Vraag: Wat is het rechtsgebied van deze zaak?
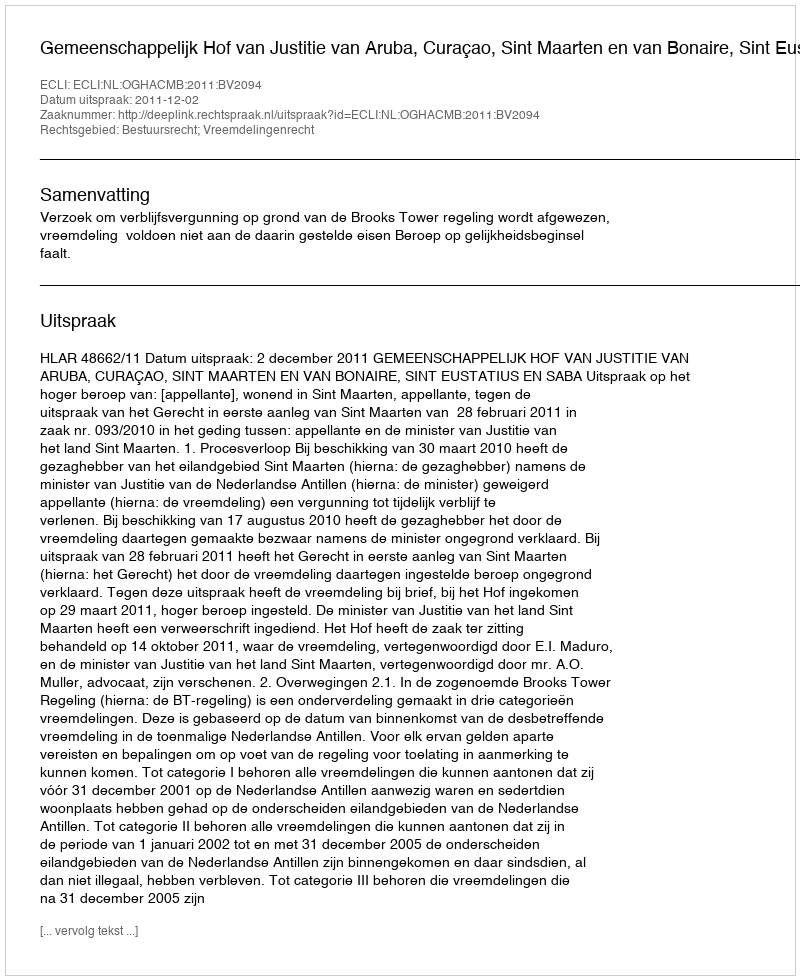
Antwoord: Bestuursrecht; Vreemdelingenrecht